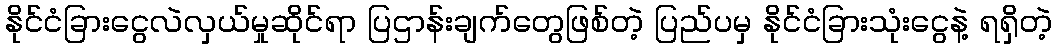
နိုင်ငံခြားငွေလဲလှယ်မှုဆိုင်ရာ ပြဌာန်းချက်တွေဖြစ်တဲ့ ပြည်ပမှ နိုင်ငံခြားသုံးငွေနဲ့ ရရှိတဲ့